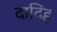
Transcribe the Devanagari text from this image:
दादिह